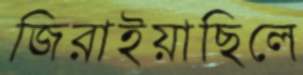
জিরাইয়াছিলে